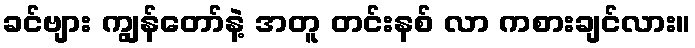
ခင်ဗျား ကျွန်တော်နဲ့ အတူ တင်းနစ် လာ ကစားချင်လား။